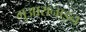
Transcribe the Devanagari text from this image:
गुआरानाइन